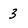
Character: 3